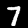
Label: 7